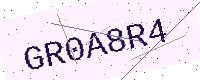
Text: GR0A8R4